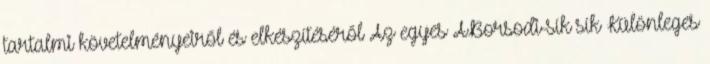
tartalmi követelményeiről és elkészítéséről Az egyes ABorsodi-sík sík Különleges